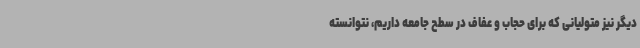
دیگر نیز متولیانی که برای حجاب و عفاف در سطح جامعه داریم، نتوانسته